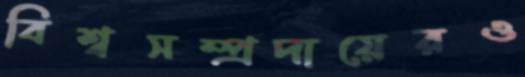
বিশ্বসম্প্রদায়েরও